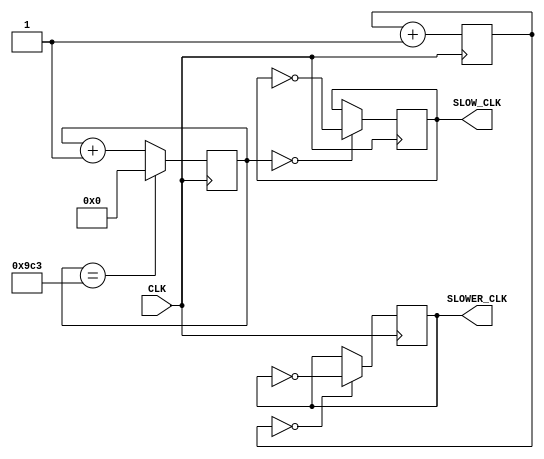
`timescale 1ns / 1ps
//////////////////////////////////////////////////////////////////////////////////
// Company: 
// Engineer: 
// 
// Design Name: 
// Module Name: clk_div
// Project Name: 
// Target Devices: 
// Tool Versions: 
// Description: 
// 
// Dependencies: 
// 
// Revision:
// Revision 0.01 - File Created
// Additional Comments:
// 
//////////////////////////////////////////////////////////////////////////////////


module clk_div(input CLK, output reg SLOW_CLK = 0, output reg SLOWER_CLK = 0);
    reg [11:0] counter = 12'b0;
    reg [12:0] counter2 = 13'b0;
    
    always@(posedge CLK)
        begin
            counter <= (counter == 2499)? 0 : counter + 1;   
            counter2 <= (counter == 4999)? 0 : counter2 + 1;      
            SLOW_CLK <= (counter == 0)? ~SLOW_CLK : SLOW_CLK;
            SLOWER_CLK <= (counter2 == 0)? ~SLOWER_CLK : SLOWER_CLK;
        end  
endmodule